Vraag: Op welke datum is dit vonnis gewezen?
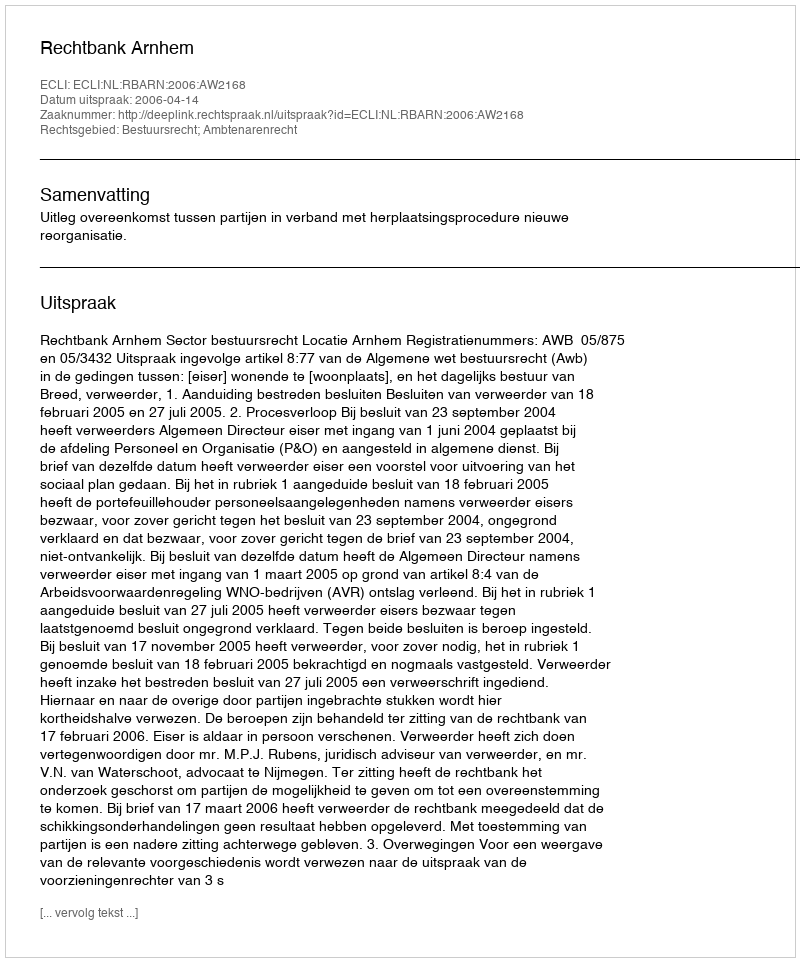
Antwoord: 2006-04-14